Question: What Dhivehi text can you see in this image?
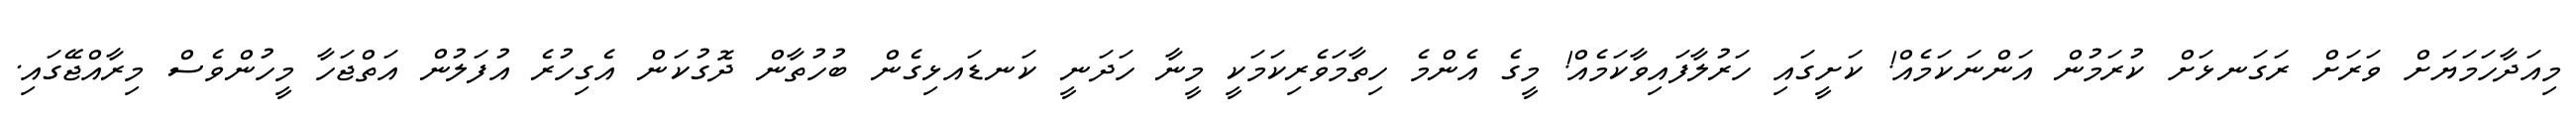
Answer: މިއަދާހަމަޔަށް ވަރަށް ރަގަނޅަށް ކުރަމުން އަންނަކަމެއް! ކަށީގައި ހަރުލާފައިވާކަމެއް! މީގެ އެންމެ ހިތާމަވެރިކަމަކީ މީނާ ހަދަނީ ކަނޑައޅިގެން ބުހުތާން ދޮގުކަން އެގިހުރެ އުފަލުން އަތްޖަހާ މީހުންވެސް މިރާއްޖޭގައި.